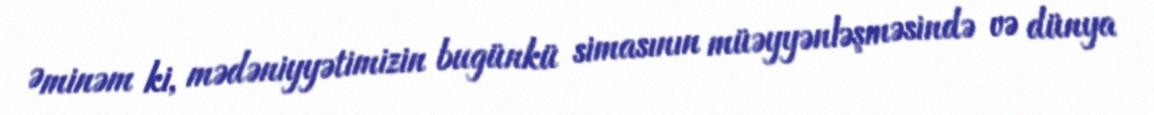
Əminəm ki, mədəniyyətimizin bugünkü simasının müəyyənləşməsində və dünya